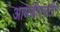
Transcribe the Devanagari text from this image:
आयजीएसटीने